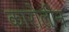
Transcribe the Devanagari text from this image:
कारोलीन